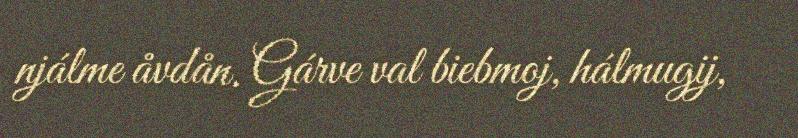
njálme åvdån. Gárve val biebmoj, hálmugij,